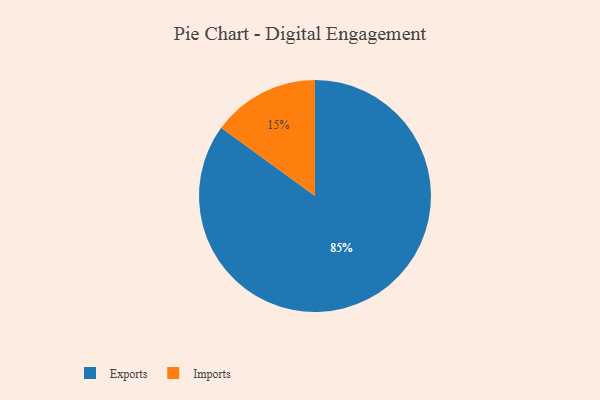
{"axis": {"x": "Category", "y": "Percentage"}, "legend": ["Exports", "Imports"], "data": [{"x": "Imports", "y": 15, "type": "Imports"}, {"x": "Exports", "y": 85, "type": "Exports"}]}